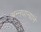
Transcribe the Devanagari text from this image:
अन्नधान्यांने